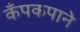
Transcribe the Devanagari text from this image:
कँपकपाने